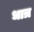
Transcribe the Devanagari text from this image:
धात्र